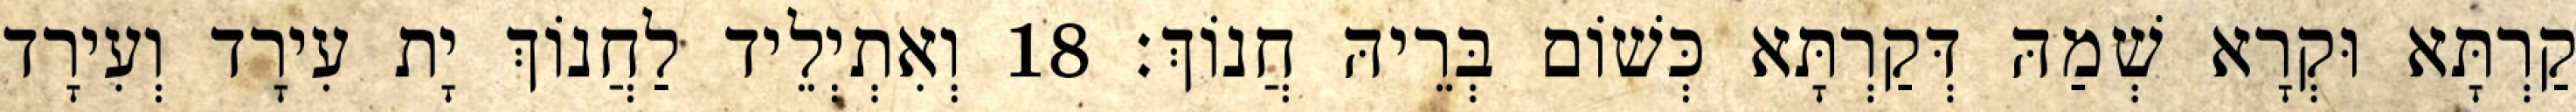
קַרְתָּא וּקְרָא שְׁמַהּ דְּקַרְתָּא כְּשׁוֹם בְּרֵיהּ חֲנוֹךְ׃ 18 וְאִתְיְלֵיד לַחֲנוֹךְ יָת עִירָד וְעִירָד